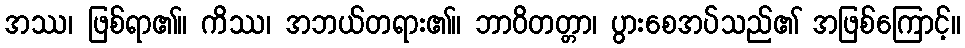
အဿ၊ ဖြစ်ရာ၏။ ကိဿ၊ အဘယ်တရား၏။ ဘာဝိတတ္တာ၊ ပွားစေအပ်သည်၏ အဖြစ်ကြောင့်။